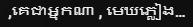
,គេជាអ្នកណា , មេឃភ្លៀង...